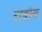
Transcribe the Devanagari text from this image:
टाबोरा